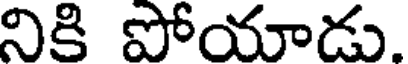
నికి పోయాడు.